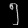
Digit: ၅